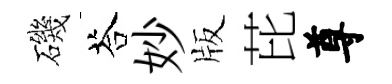
磯荅妙版芘尊